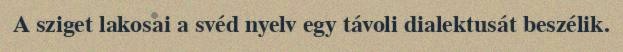
A sziget lakosai a svéd nyelv egy távoli dialektusát beszélik.